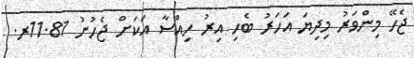
ޖެހޭ މިންވަރު މިދިޔަ އަހަރު ބެހި އިރު ހިއްސާ އަކަށް ޖެހުނު 11.81ރ.